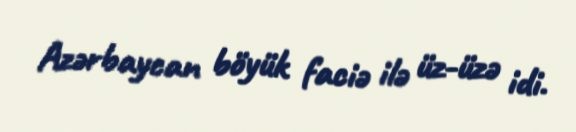
Azərbaycan böyük faciə ilə üz-üzə idi.